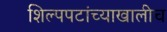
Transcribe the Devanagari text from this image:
शिल्पपटांच्याखालीच